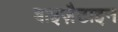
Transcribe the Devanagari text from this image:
बाइज़ैटाइन